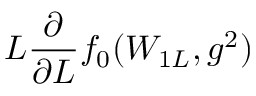
L \frac { \partial } { \partial L } f _ { 0 } ( W _ { 1 L } , g ^ { 2 } )